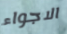
الاجواء